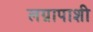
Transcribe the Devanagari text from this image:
लग्नापाशी